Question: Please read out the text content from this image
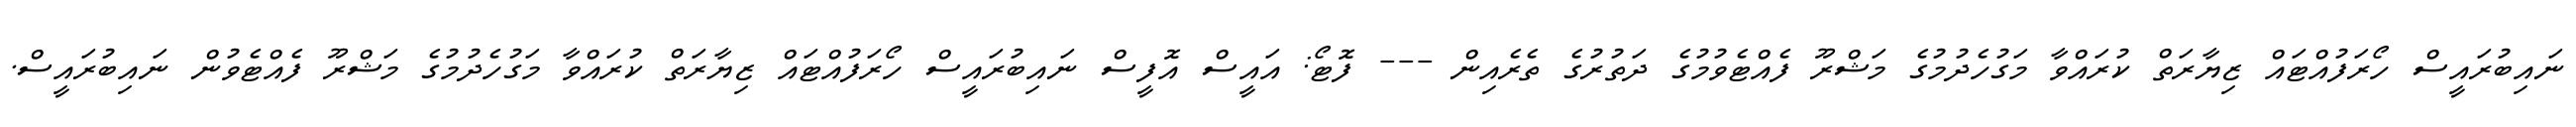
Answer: ނައިބުރައީސް ހޯރަފުއްޓައް ޒިޔާރަތް ކުރައްވާ މަގުހެދުމުގެ މަޝްރޫ ފެއްޓެވުމުގެ ދަތުރުގެ ތެރެއިން --- ފޮޓޯ: އައީސް އޮފީސް ނައިބުރައީސް ހޯރަފުއްޓައް ޒިޔާރަތް ކުރައްވާ މަގުހެދުމުގެ މަޝްރޫ ފެއްޓެވުން ނައިބުރައީސް.